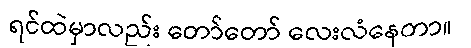
ရင်ထဲမှာလည်း တော်တော် လေးလံနေတာ။